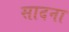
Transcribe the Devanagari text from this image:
सादना